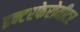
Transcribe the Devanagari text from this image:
इन्टरफेरोमीटर